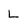
Character: L